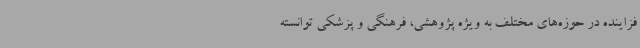
فزاینده در حوزه‌های مختلف به ویژه پژوهشی، فرهنگی و پزشکی توانسته